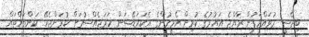
ބިދޭސީ މުވައްޒަފުން ރާއްޖެ އައުމުގެ ކުރިން އެމީހުންގެ އެކަމަޑޭޝަން ހަމަޖެއްސުމަށް ކުރަންޖެހޭ ކަންތައްތައް